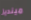
مينديز